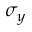
\sigma _ { y }